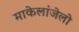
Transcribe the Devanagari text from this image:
माकेलांजेलो